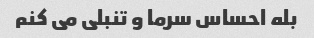
بله احساس سرما و تنبلی می کنم